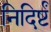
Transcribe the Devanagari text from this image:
निदिर्ष्टं